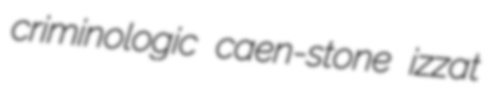
criminologic caen-stone izzat